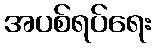
အပစ်ရပ်ရေး